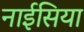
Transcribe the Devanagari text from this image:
नाईसिया